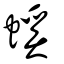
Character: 螇